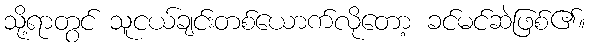
သို့ရာတွင် သူငယ်ချင်းတစ်ယောက်လိုတော့ ခင်မင်ဆဲဖြစ်၏။